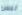
ليس